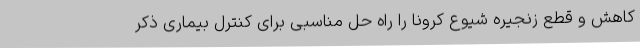
کاهش و قطع زنجیره شیوع کرونا را راه حل مناسبی برای کنترل بیماری ذکر